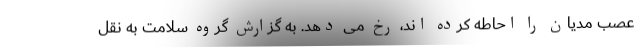
عصب مدیان را احاطه کرده اند، رخ می دهد. به گزارش گروه سلامت به نقل